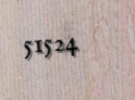
51524